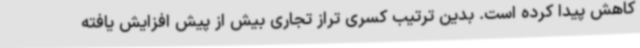
کاهش پیدا کرده است. بدین ترتیب کسری تراز تجاری بیش از پیش افزایش یافته